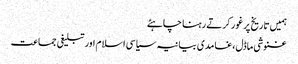
ہمیں تاریخ پر غور کرتے رہنا چاہئے
غنوشی ماڈل،غامدی بیانیہ سیاسی اسلام اور تبلیغی جماعت